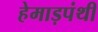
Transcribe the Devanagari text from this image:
हेमाड़पंथी